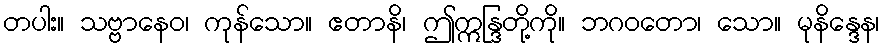
တပါး။ သဗ္ဗာနေဝ၊ ကုန်သော။ ဧတာနိ၊ ဤဣန္ဒြတို့ကို။ ဘဂဝတော၊ သော။ မုနိန္ဒေန၊